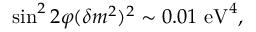
\sin ^ { 2 } 2 \varphi ( \delta m ^ { 2 } ) ^ { 2 } \sim 0 . 0 1 \mathrm { ~ e V } ^ { 4 } ,